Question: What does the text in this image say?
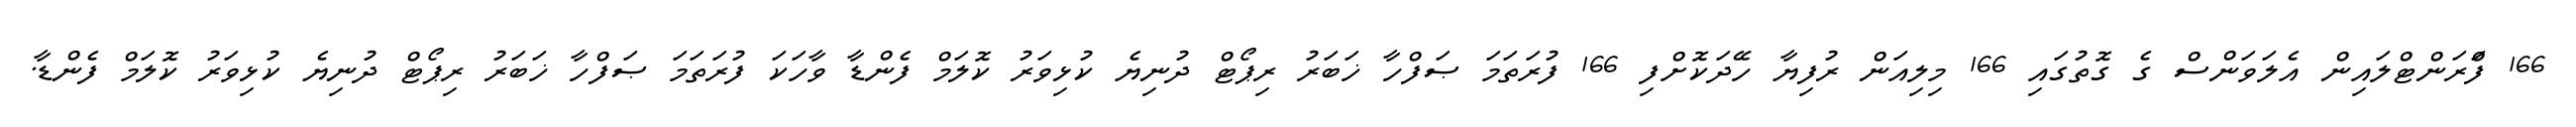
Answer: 166 ފްަރަންޓްލައިން އެލަވަންސް ގެ ގޮތުގައި 166 މިލިއަން ރުފިޔާ ހޭދަކޮށްފި 166 ފުރަތަމަ ޞަފްހާ ޚަބަރު ރިޕޯޓް ދުނިޔެ ކުޅިވަރު ކޮލަމް ފެންޑާ ވާހަކަ ފުރަތަމަ ޞަފްހާ ޚަބަރު ރިޕޯޓް ދުނިޔެ ކުޅިވަރު ކޮލަމް ފެންޑާ.